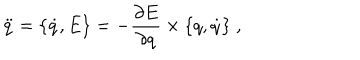
\ddot { q } = \{ \dot { q } , E \} = - { \frac { \partial E } { \partial q } } \times \{ q , \dot { q } \} \; ,